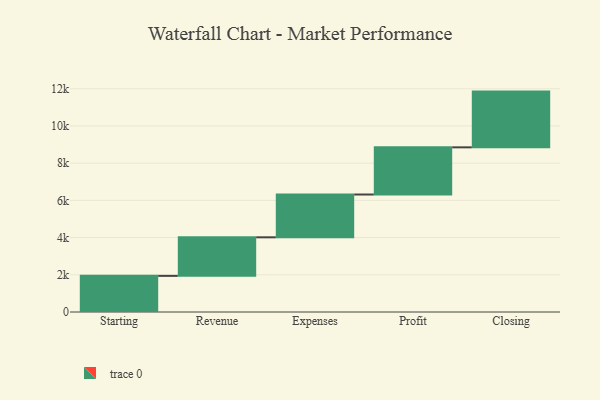
{"axis": {"x": "Step", "y": "Value"}, "legend": [""], "data": [{"x": "Starting", "y": 1942.0, "type": ""}, {"x": "Revenue", "y": 2073.0, "type": ""}, {"x": "Expenses", "y": 2301.0, "type": ""}, {"x": "Profit", "y": 2536.0, "type": ""}, {"x": "Closing", "y": 2996.0, "type": ""}]}